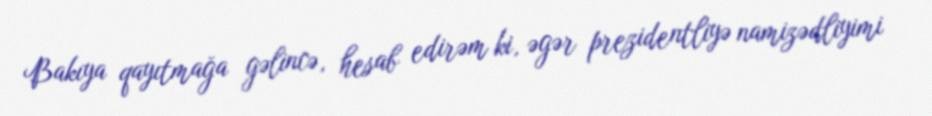
Bakıya qayıtmağa gəlincə, hesab edirəm ki, əgər prezidentliyə namizədliyimi